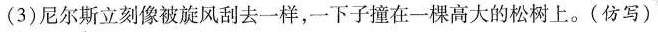
(3)尼尔斯立刻像被旋风刮去一样，一下子撞在一棵高大的松树上。(仿写)